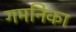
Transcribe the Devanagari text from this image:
गमनिका